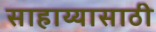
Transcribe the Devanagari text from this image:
साहाय्यासाठी